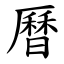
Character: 曆